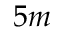
5 m